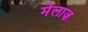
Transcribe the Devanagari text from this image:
मेलाज़